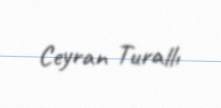
Ceyran Turallı